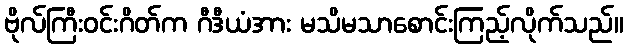
ဗိုလ်ကြီးဝင်းဂိတ်က ဂီဒီယံအား မသိမသာစောင်းကြည့်လိုက်သည်။